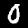
Label: 0